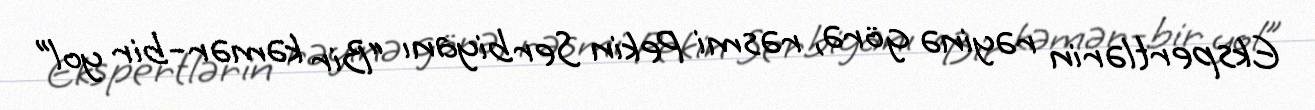
Ekspertlərin rəyinə görə, rəsmi Pekin Serbiyanı “Bir kəmər-bir yol”